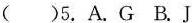
()5.A.G B.J